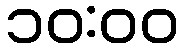
၁၀:၀၀